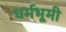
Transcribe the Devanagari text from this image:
धर्मभूमी